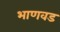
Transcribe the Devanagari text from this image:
भाणवड